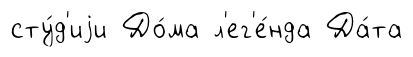
сту́д'иjи До́ма л'ег'е́нда Да́та